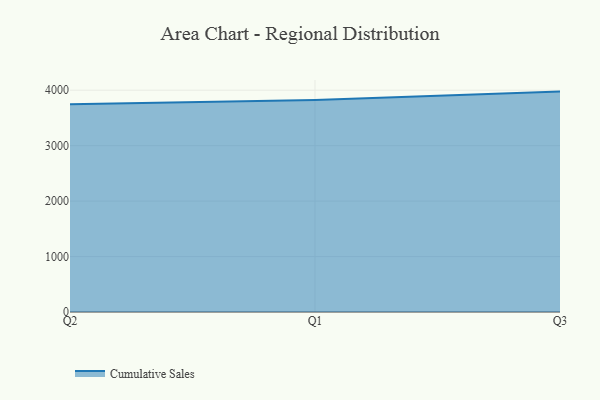
{"axis": {"x": "Quarter", "y": "Revenue (USD Million)"}, "legend": ["Cumulative Sales"], "data": [{"x": "Q2", "y": 3744.7, "type": "Cumulative Sales"}, {"x": "Q1", "y": 3822.8, "type": "Cumulative Sales"}, {"x": "Q3", "y": 3975.0, "type": "Cumulative Sales"}]}